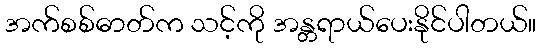
အက်စစ်ဓာတ်က သင့်ကို အန္တရာယ်ပေးနိုင်ပါတယ်။